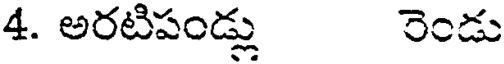
4. అరటిపండ్లు రెండు